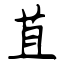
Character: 苴